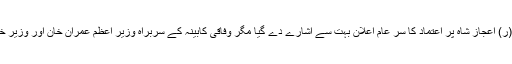
ملک کے طاقتور ترین ادارے کی طرف سے وزیر خارجہ شاہ محمود قریشی اور وزیر داخلہ بریگیڈئیر(ر) اعجاز شاہ پر اعتماد کا سر عام اعلان بہت سے اشارے دے گیا مگر وفاقی کابینہ کے سربراہ وزیر اعظم عمران خان اور وزیر خارجہ شاہ محمود قریشی میں الیکشن سے پہلے جو قربت تھی وہ بعد ازاں کئی غلط فہمیوں میں بدل گئی۔